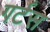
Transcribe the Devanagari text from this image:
गर्टस